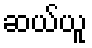
ဆယ်ယူ